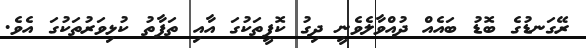
ރޭގަނޑުގެ ބޮޑު ބައެއް ދުއްވާލެވެނީ ދިގު ކޮފީތަކުގަ އާއި ތަފާތު ކުޅިވަރުތަކުގަ އެވެ.